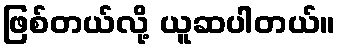
ဖြစ်တယ်လို့ ယူဆပါတယ်။